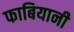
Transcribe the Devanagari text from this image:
फाबियानी